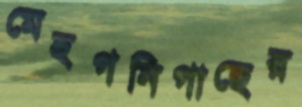
মেহগনিগাছের